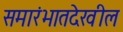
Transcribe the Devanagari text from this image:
समारंभातदेखील